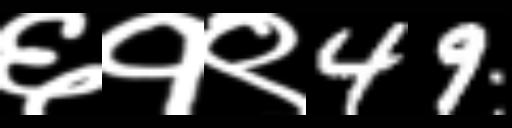
Text: ६१९49